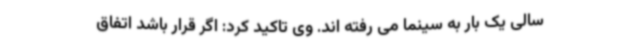
سالی یک بار به سینما می رفته اند. وی تاکید کرد: اگر قرار باشد اتفاق